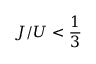
J / U < \frac { 1 } { 3 }